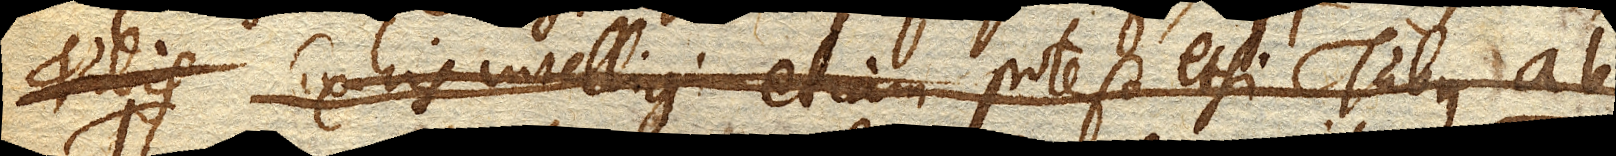
Tubis Ex his intelligi etiam potest etsi Tubus ab.